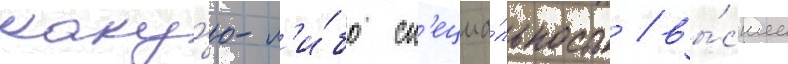
каку́ю-л'и́бо сп'ециа́льность / вы́сшее